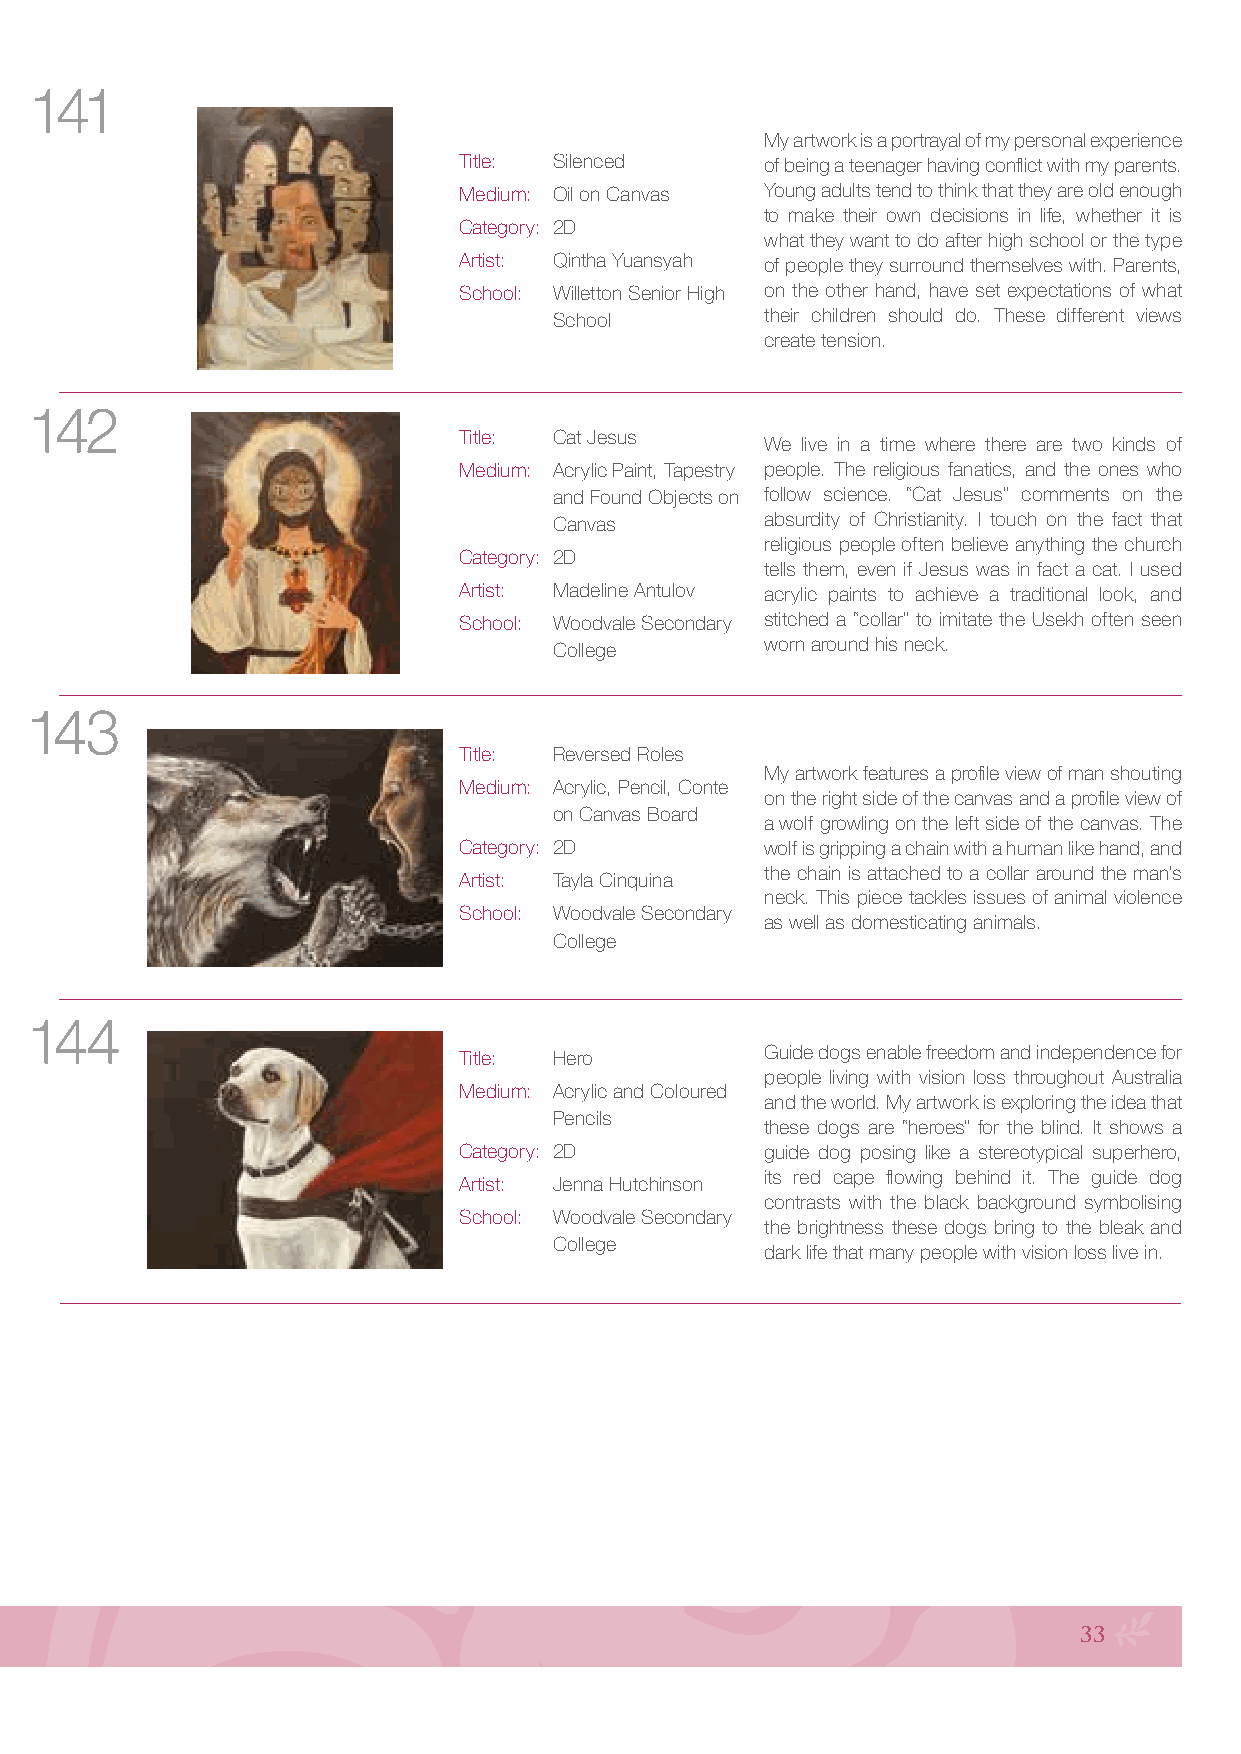
141
 My artwork is a portrayal of my personal experience
 Title: Silenced      of being a teenager having conflict with my parents.
 Medium: Oil on Canvas Young adults tend to think that they are old enough
 to make their own decisions in life, whether it is
 Category: 2D
 what they want to do after high school or the type
 Artist: Qintha Yuansyah of people they surround themselves with. Parents,
 School: Willetton Senior High on the other hand, have set expectations of what
 School        their children should do. These different views
 create tension.
 142
 Title: Cat Jesus
 We live in a time where there are two kinds of
 Medium: Acrylic Paint, Tapestry people. The religious fanatics, and the ones who
 and Found Objects on follow science. “Cat Jesus” comments on the
 Canvas        absurdity of Christianity. I touch on the fact that
 religious people often believe anything the church
 Category: 2D
 tells them, even if Jesus was in fact a cat. I used
 Artist: Madeline Antulov acrylic paints to achieve a traditional look, and
 School: Woodvale Secondary stitched a “collar” to imitate the Usekh often seen
 College       worn around his neck.
 143
 Title: Reversed Roles
 My artwork features a profile view of man shouting
 Medium: Acrylic, Pencil, Conte
 on the right side of the canvas and a profile view of
 on Canvas Board
 a wolf growling on the left side of the canvas. The
 Category: 2D         wolf is gripping a chain with a human like hand, and
 the chain is attached to a collar around the man’s
 Artist: Tayla Cinquina
 neck. This piece tackles issues of animal violence
 School: Woodvale Secondary
 as well as domesticating animals.
 College
 144
 Title: Hero          Guide dogs enable freedom and independence for
 people living with vision loss throughout Australia
 Medium: Acrylic and Coloured
 and the world. My artwork is exploring the idea that
 Pencils
 these dogs are “heroes” for the blind. It shows a
 Category: 2D         guide dog posing like a stereotypical superhero,
 its red cape flowing behind it. The guide dog
 Artist: Jenna Hutchinson
 contrasts with the black background symbolising
 School: Woodvale Secondary
 the brightness these dogs bring to the bleak and
 College
 dark life that many people with vision loss live in.
 145
 Title: Black Heart   The piece depicts both the life and death that one
 Medium: Charcoal and ribbon on is faced with when it comes to cancer. Breast
 illustration board cancer has the power to hold both life and death in
 its hand, whether it decides to take your life or give
 Category: 2D
 you a second chance. The pink ribbon in the piece
 Artist: Georgia Franco is a representation of breast cancer squeezing the
 School: Thornlie Christian unfortunate heart, which it has decided to take life
 College       from: devastating and unpredictable.
 33